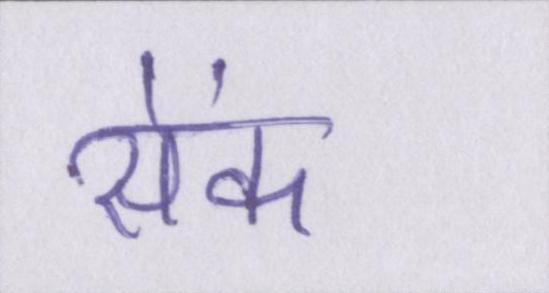
सेंक